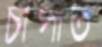
চাপাত